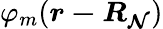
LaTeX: \varphi_{m}({\boldsymbol{r-R_{\mathcal{N}}}})